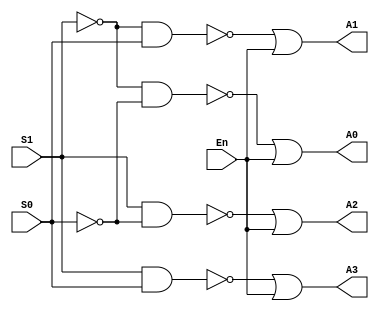
module Decoder74LS139(S0, S1, En, A0, A1, A2, A3);

	input S0, S1, En;	//S1 is MSB and S0 is LSB , Enable En is active LOW
	output A0, A1, A2, A3;
	
	wire v0, v1, v2, v3;
	
	assign v0 = (~S1) & (~S0);	
	assign v1 = (~S1) & S0;
	assign v2 = S1 & (~S0);
	assign v3 = S1 & S0;

	assign A0 = ~v0 | En;	//taking or with En so that when En is high (disabled) all outputs are high
	assign A1 = ~v1 | En;
	assign A2 = ~v2 | En;
	assign A3 = ~v3 | En;
	
endmodule

module dff(q,d,clk,reset);

	input d,clk,reset;    //reset is active LOW
	output q;
	reg q;
  	
	always@(posedge clk)	//Positive edge triggered DFF
		q <= d;

	always@(~reset)    //active LOW reset
		q <= 1'b0;
		
endmodule

module QuadDFF74LS175(D0, D1, D2, D3, Q0, Q1, Q2, Q3, Reset, Clk);

	input D0, D1, D2, D3, Clk, Reset;	//Reset is active LOW
	output Q0, Q1, Q2, Q3;
	
	dff DFF0(Q0, D0, Clk, Reset);
	dff DFF1(Q1, D1, Clk, Reset);
	dff DFF2(Q2, D2, Clk, Reset);
	dff DFF3(Q3, D3, Clk, Reset);
	
endmodule
	
module mux(a0, a1, a2, a3, O, s0, s1, E);
	
	input a0, a1, a2, a3, s0, s1, E;	//s1 is MSB and s0 is LSB , Enable E is active LOW
	output O;
	
	wire t0, t1, t2, t3;
	
	assign t0 = a0 & (~s1) & (~s0) & (~E);
	assign t1 = a1 & (~s1) & (s0) & (~E);
	assign t2 = a2 & (s1) & (~s0) & (~E);
	assign t3 = a3 & (s1) & (s0) & (~E);
	
	assign O = t0 | t1 | t2 | t3;
	
endmodule

module MUX74HC153(A0, A1, A2, A3, o1, A4, A5, A6, A7, o2, S0, S1, E1, E2);

	input A0, A1, A2, A3, A4, A5, A6, A7, S0, S1, E1, E2;	//s1 is MsB and s0 is LSB , enable E1 and E2 are active LOW
	output o1, o2;
	
	mux MUX1(A0, A1, A2, A3, o1, S0, S1, E1);
	mux MUX2(A4, A5, A6, A7, o2, S0, S1, E2);
	
endmodule

module Circuit(I0, I1, I2, I3, I4, I5, I6, I7, O0, O1, O2, O3, O4, O5, O6, O7, Select0, Select1, Read, Clear);

	input I0, I1, I2, I3, I4, I5, I6, I7, Select0, Select1, Read, Clear;
	output O0, O1, O2, O3, O4, O5, O6, O7;
	
	wire w0, w1, w2, w3; 
	wire q0, q1, q2, q3, q4, q5, q6, q7, q8, q9, q10, q11, q12, q13, q14, q15;
	wire q16, q17, q18, q19, q20, q21, q22, q23, q24, q25, q26, q27, q28, q29, q30, q31;
		
	Decoder74LS139 Decoder0(Select0, Select1, Read, w0, w1, w2, w3);
	
	QuadDFF74LS175 DFFIC0(I0, I1, I2, I3, q0, q1, q2, q3, Clear, ~w0);
	QuadDFF74LS175 DFFIC1(I0, I1, I2, I3, q4, q5, q6, q7, Clear, ~w1);
	QuadDFF74LS175 DFFIC2(I0, I1, I2, I3, q8, q9, q10, q11, Clear, ~w2);
	QuadDFF74LS175 DFFIC3(I0, I1, I2, I3, q12, q13, q14, q15, Clear, ~w3);
	
	QuadDFF74LS175 DFFIC4(I4, I5, I6, I7, q16, q17, q18, q19, Clear, ~w0);
	QuadDFF74LS175 DFFIC5(I4, I5, I6, I7, q20, q21, q22, q23, Clear, ~w1);
	QuadDFF74LS175 DFFIC6(I4, I5, I6, I7, q24, q25, q26, q27, Clear, ~w2);
	QuadDFF74LS175 DFFIC7(I4, I5, I6, I7, q28, q29, q30, q31, Clear, ~w3);
	
	MUX74HC153 MUXIC0(q0, q4, q8, q12, O0, q16, q20, q24, q28, O4, Select0, Select1, ~Read, ~Read);
	MUX74HC153 MUXIC1(q1, q5, q9, q13, O1, q17, q21, q25, q29, O5, Select0, Select1, ~Read, ~Read);
	MUX74HC153 MUXIC2(q2, q6, q10, q14, O2, q18, q22, q26, q30, O6, Select0, Select1, ~Read, ~Read);
	MUX74HC153 MUXIC3(q3, q7, q11, q15, O3, q19, q23, q27, q31, O7, Select0, Select1, ~Read, ~Read);
	
endmodule

module test_bench;

	reg [7:0] i;	//Input variable
	wire [7:0] o;	//Output variable
	reg [1:0] select;
	reg read, clear;	
	
	Circuit C1(i[0], i[1], i[2], i[3], i[4], i[5], i[6], i[7], o[0], o[1], o[2], o[3], o[4], o[5], o[6], o[7], select[0], select[1], read, clear);
	
	initial 
		begin
			
			/*
				Sequence of operations:
				1 - erase memory by setting clear as LOW (active LOW reset for DFFs)
				2 - once memory is erased, clear can be set back to HIGH for data storage
				3 - perform READ operation and read all 32 bits. Result should be 0 for all since memory was cleared.
				4 - Set circuit to WRITE mode and write in some data
				5 - perform READ operation to verify that data was written
				6 - erase memory
				7 - perform READ operation to verify that memory was wiped
			*/
			
				i = 8'b11001010;	//some random input state which won't be stored
			
				clear = 1'b0;	//active LOW reset for all DFFs to clear memory
			#10 clear = 1'b1;   
			
			/*	MEMORY HAS BEEN CLEARED  */
					
			#10 read = 1'b1;   //Setting circuit to READ mode by giving active LOW enable to multiplexers
			
			/*  CIRCUIT IS NOW IN READ MODE  */
			
				select = 2'b00;    //Telling multiplexers to read from DFF IC's 0 and 4
			
			#10 select = 2'b01;   //Telling multiplexers to read from DFF IC's 1 and 5
			
			#10 select = 2'b10;   //Telling multiplexers to read from DFF IC's 2 and 6
			
			#10 select = 2'b11;   //Telling multiplexers to read from DFF IC's 3 and 7
			
			/*  DATA HAS NOW BEEN READ FROM THE MEMORY. ALL BITS ARE 0  */
			
			#10 read = 1'b0;	//Setting circuit to WRITE mode by giving active low to decoder
			
			/*  CIRCUIT IS NOW IN WRITE MODE  */
			
				select = 2'b00;  //Telling decoder to provide HIGH signals to DFF ICs 0 and 4 for storage
				i = 8'b00010001;   //Writing this value into DFF IC's
			
			#10 select = 2'b01;    //Telling decoder to provide HIGH signals to DFF ICs 1 and 5 for storage
				i = 8'b00100010;	//Writing this value into DFF IC's
			
			#10 select = 2'b10;    //Telling decoder to provide HIGH signals to DFF ICs 2 and 6 for storage
				i = 8'b01000100;	//Writing this value into DFF IC's
			
			#10 select = 2'b11;    //Telling decoder to provide HIGH signals to DFF ICs 3 and 7 for storage
				i = 8'b10001000;	//Writing this value into DFF IC's
			
			/*  DATA HAS BEEN WRITTEN TO THE MEMORY  */
			
			#10 read = 1'b1;	//Setting circuit to READ mode by giving active LOW enable to multiplexers
			
			/*  CIRCUIT IS NOW IN READ MODE  */
			
				select = 2'b00;    //Telling multiplexers to read from DFF IC's 0 and 4
			
			#10 select = 2'b01;   //Telling multiplexers to read from DFF IC's 1 and 5
			
			#10 select = 2'b10;   //Telling multiplexers to read from DFF IC's 2 and 6
			
			#10 select = 2'b11;   //Telling multiplexers to read from DFF IC's 3 and 7

			/*  DATA HAS NOW BEEN READ FROM THE MEMORY. ALL BITS SHOULD MATCH THE ENTERED DATA  */
			
			#10	clear = 1'b0;	//active LOW reset for all DFFs to clear memory
			#10 clear = 1'b1;   //disabling reset so that DFFs can store data
			
			/*	MEMORY HAS BEEN CLEARED  */
					
			#10 read = 1'b1;   //Setting circuit to READ mode by giving active LOW enable to multiplexers
			
			/*  CIRCUIT IS NOW IN READ MODE  */
			
				select = 2'b00;    //Telling multiplexers to read from DFF IC's 0 and 4
			
			#10 select = 2'b01;   //Telling multiplexers to read from DFF IC's 1 and 5
			
			#10 select = 2'b10;   //Telling multiplexers to read from DFF IC's 2 and 6
			
			#10 select = 2'b11;   //Telling multiplexers to read from DFF IC's 3 and 7
			
			/*  DATA HAS NOW BEEN READ FROM THE MEMORY. ALL BITS ARE 0  */
					
		end
endmodule

module test_bench2;

	reg [7:0] i;	//Input variable
	wire [7:0] o;	//Output variable
	reg [1:0] select;
	reg read, clear;	
	
	Circuit C1(i[0], i[1], i[2], i[3], i[4], i[5], i[6], i[7], o[0], o[1], o[2], o[3], o[4], o[5], o[6], o[7], select[0], select[1], read, clear);
	
	initial 
		begin
		
			clear = 1'b0;	//active LOW reset for all DFFs to clear memory
			#10 clear = 1'b1;   //disabling reset so that DFFs can store data
			
			
			#10 read = 1'b0;   //Setting circuit to WRITE mode by giving active LOW enable to decoder
				select = 2'b00;  //Telling decoder to provide HIGH signals to DFF ICs 0 and 4 for storage
				i = 8'b00010001;   //Writing this value into DFF IC's

			#200 read = 1'b1;
        select = 2'b00;    //Telling multiplexers to read from DFF IC's 0 and 4
    
    
      #200 read = 1'b0;
			#10 select = 2'b01;    //Telling decoder to provide HIGH signals to DFF ICs 1 and 5 for storage
				i = 8'b00100010;	//Writing this value into DFF IC's
			
			
			#200 read = 1'b1;
       select = 2'b01;   //Telling multiplexers to read from DFF IC's 1 and 5
      
      
			
			#200 read = 1'b0;
			#10 select = 2'b10;    //Telling decoder to provide HIGH signals to DFF ICs 2 and 6 for storage
				i = 8'b01000100;	//Writing this value into DFF IC's
			#200 read = 1'b1;	//Setting circuit to READ mode by giving active LOW enable to multiplexers
			  select = 2'b10;   //Telling multiplexers to read from DFF IC's 2 and 6
			
			
			#200 read = 1'b0;
			#10 select = 2'b11;    //Telling decoder to provide HIGH signals to DFF ICs 3 and 7 for storage
				i = 8'b10001000;	//Writing this value into DFF IC's
			
			#200 read = 1'b1;	//Setting circuit to READ mode by giving active LOW enable to multiplexers
			 select = 2'b11;   //Telling multiplexers to read from DFF IC's 3 and 7
		
			
			
			
			end
endmodule